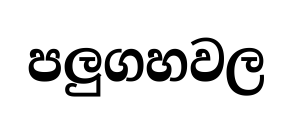
පලුගහවල